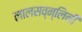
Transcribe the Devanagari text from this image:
लालसव्न्लिनी